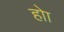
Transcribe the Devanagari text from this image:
होा